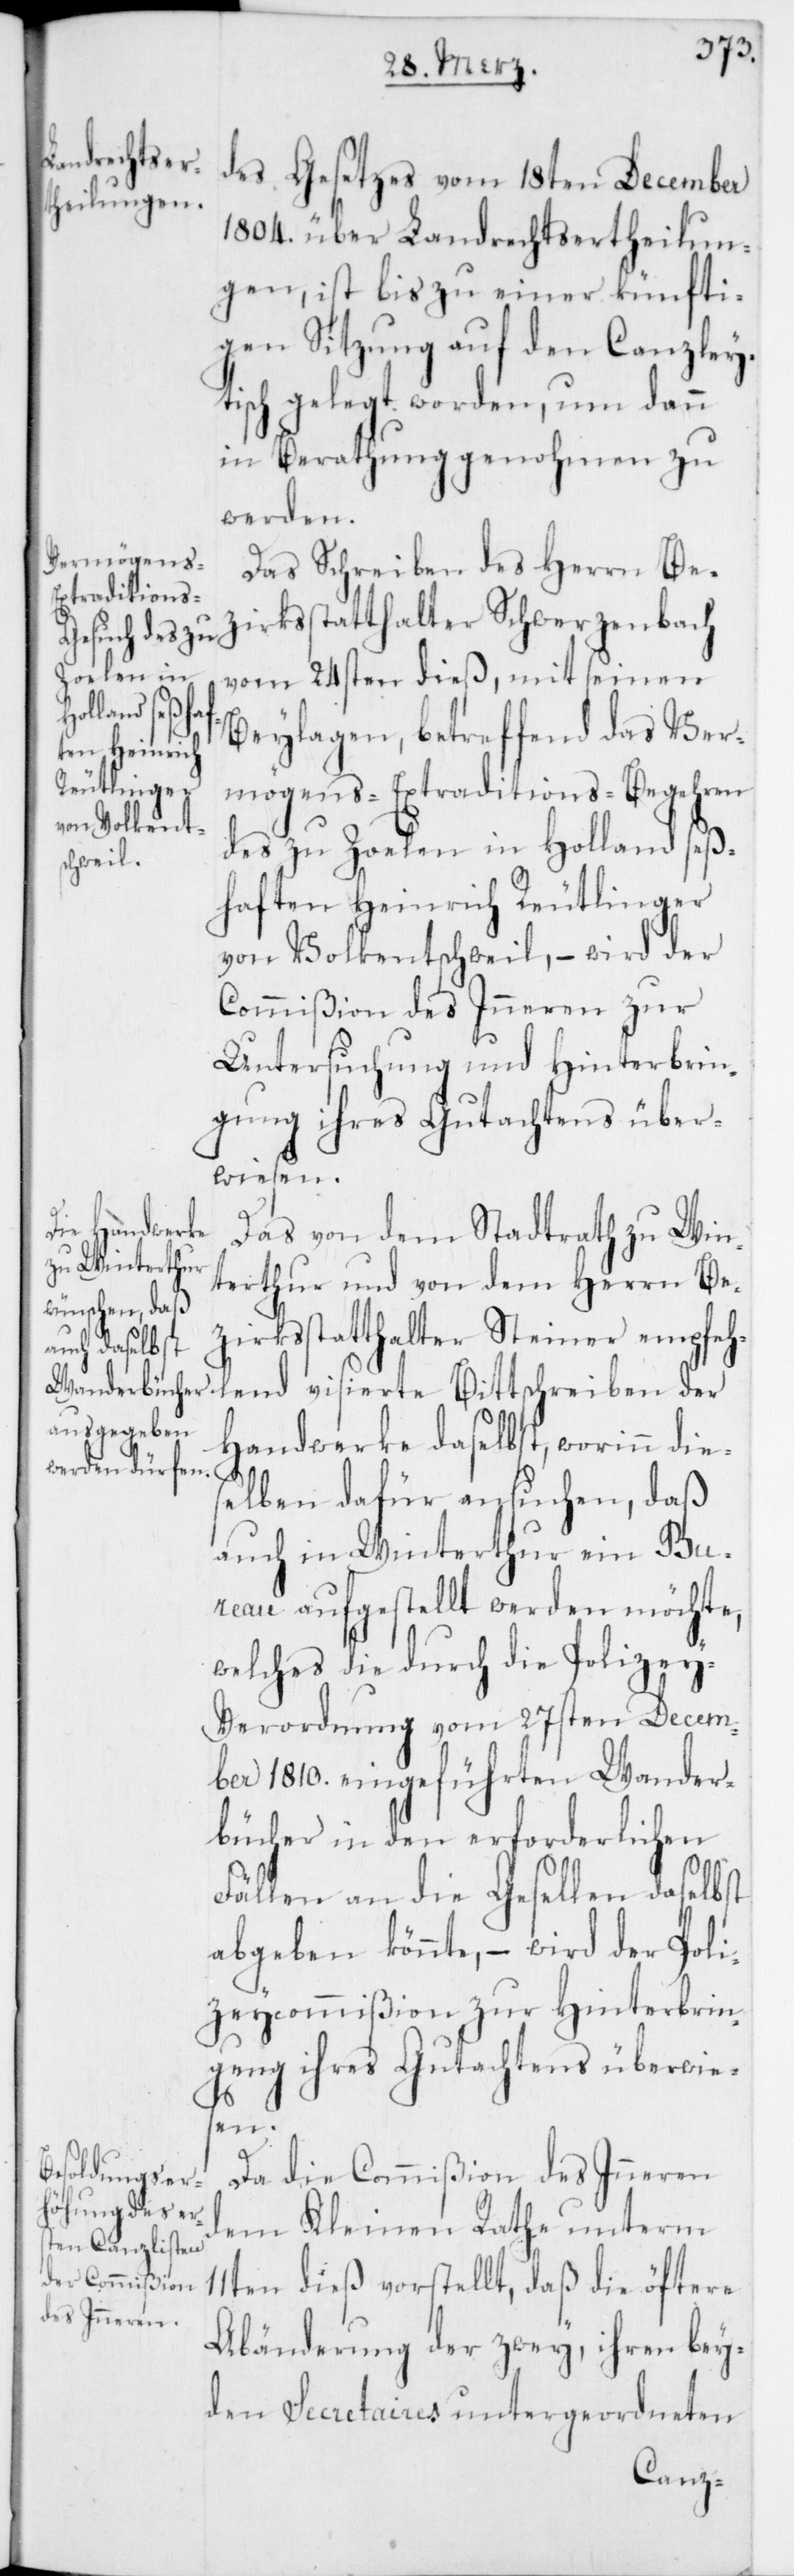
des Gesetzes vom 18ten December
1804. über Landrechtsertheilun¬
gen, ist bis zu einer künfti¬
gen Sitzung auf den Canzley¬
tisch gelegt worden, um dann
in Berathung genohmen zu
werden.
Das Schreiben des Herrn Be¬
zirksstatthalter Schwerzenbach
vom 24sten dieß, mit seinen
Beylagen, betreffend das Ver¬
mögens-Extraditions-Begehren
des zu Zoelen in Holland seß¬
haften Heinrich Reutlinger
von Volkentschweil, – wird der
Commißion des Inneren zur
Untersuchung und Hinterbrin¬
gung ihres Gutachtens über¬
wiesen.
Das von dem Stadtrath zu Win¬
terthur und von dem Herrn Be¬
zirksstatthalter Steiner empfeh¬
lend visierte Bittschreiben der
Handwerke daselbst, worinn dies¬
elben dafür ansuchen, daß
auch in Winterthur ein Bu¬
reau aufgestellt werden möchte,
welches die durch die Polizey-V¬
erordnung vom 27sten Decem¬
ber 1810. eingeführten Wander¬
bücher in den erforderlichen
Fällen an die Gesellen daselbst
abgeben könnte, – wird der Poli¬
zeycommißion zu Hinterbrin¬
gung ihres Gutachtens überwie¬
sen.
Da die Commißion des Inneren
dem Kleinen Rathe unterm
11ten dieß vorstellt, daß die öftere
Abänderung der zwey, ihren bey¬
den Secretaires untergeordneten